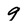
Character: 9